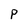
Character: P